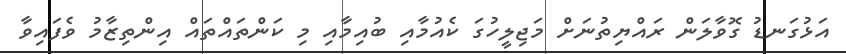
އަޅުގަނޑު ގޮވާލަން ރައްޔިތުނަށް މަޖިލީހުގަ ކެއުމާއި ބުއިމާއި މި ކަންތައްތައް އިންތިޒާމު ވެފައިވާ